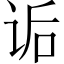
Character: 诟